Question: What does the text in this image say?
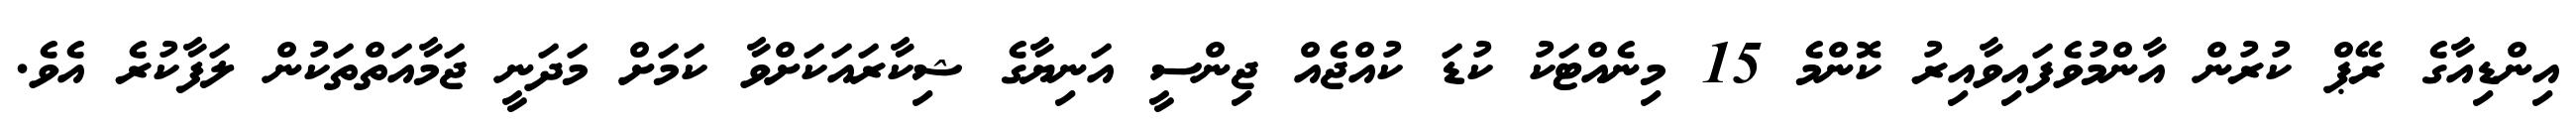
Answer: އިންޑިއާގެ ރޭޕް ކުރުން އާންމުވެފައިވާއިރު ކޮންމެ 15 މިނެއްޓަކު ކުޑަ ކުއްޖެއް ޖިންސީ އަނިޔާގެ ޝިކާރައަކަށްވާ ކަމަށް މަދަނީ ޖަމާއަތްތަކުން ލަފާކުރެ އެވެ.